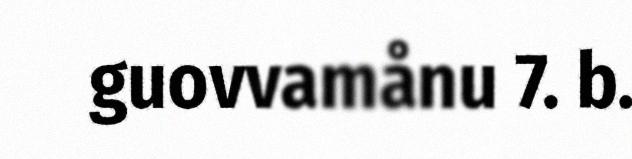
guovvamånu 7. b.